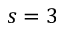
s = 3